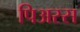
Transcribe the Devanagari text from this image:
पिअस्स